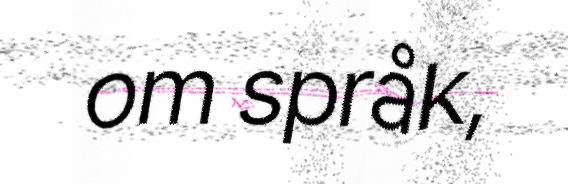
om språk,